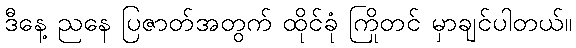
ဒီနေ့ ညနေ ပြဇာတ်အတွက် ထိုင်ခုံ ကြိုတင် မှာချင်ပါတယ်။